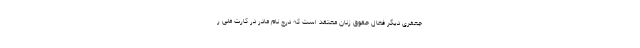
جعفری دیگر فعال حقوق زنان معتقد است که درج نام مادر در کارت ملی ر